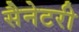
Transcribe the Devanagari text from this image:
सैनेटरी